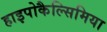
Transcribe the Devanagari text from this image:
हाइपोकैल्सिमिया